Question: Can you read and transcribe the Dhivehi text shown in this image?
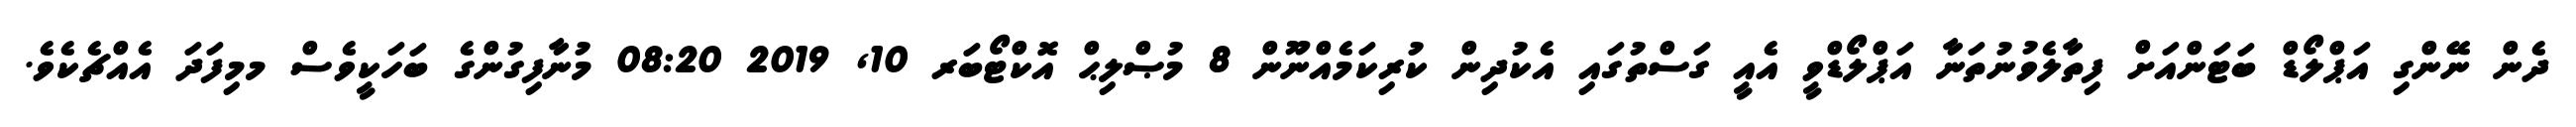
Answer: ދެން ނޭންގި އަޕްލޯޑް ބަޓަންއަށް ފިތާލެވުނުތަނާ އަޕްލޯޑްވީ އެއީ ގަސްތުގައި އެކުދިން ކުރިކަމެއްނޫން 8 މުޞްލިޙް އޮކްޓޯބަރ 10, 2019 08:20 މުނާފިގުންގެ ބަހަކީވެސް މމިފަދަ އެއްޗެކެވެ.